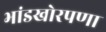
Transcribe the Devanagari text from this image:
भांडखोरपणा